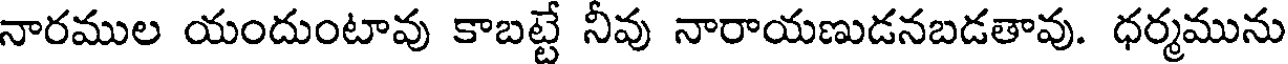
నారముల యందుంటావు కాబట్టే నీవు నారాయణుడనబడతావు. ధర్మమును